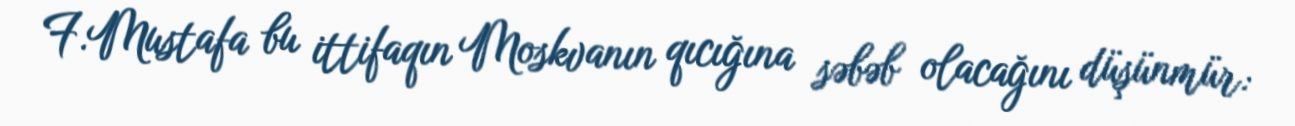
F.Mustafa bu ittifaqın Moskvanın qıcığına səbəb olacağını düşünmür: